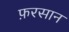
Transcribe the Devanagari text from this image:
फ़रसान